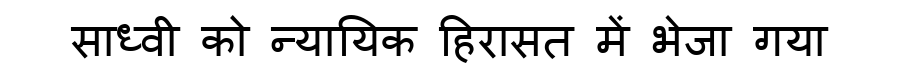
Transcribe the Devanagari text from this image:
साध्वी को न्यायिक हिरासत में भेजा गया